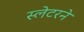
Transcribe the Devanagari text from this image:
स्लेटरने